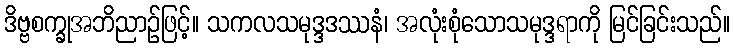
ဒိဗ္ဗစက္ခုအဘိညာဉ်ဖြင့်။ သကလသမုဒ္ဒဒဿနံ၊ အလုံးစုံသောသမုဒ္ဒရာကို မြင်ခြင်းသည်။